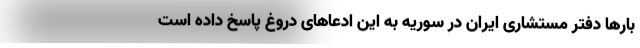
بارها دفتر مستشاری ایران در سوریه به این ادعاهای دروغ پاسخ داده است